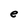
Character: e